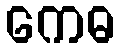
ကေဓ